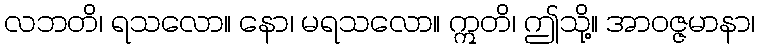
လဘတိ၊ ရသလော။ နော၊ မရသလော။ ဣတိ၊ ဤသို့။ အာဝဇ္ဇမာနာ၊